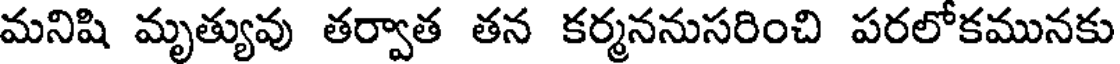
మనిషి మృత్యువు తర్వాత తన కర్మననుసరించి పరలోకమునకు